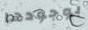
بوجودها